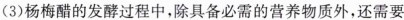
（3）杨梅醋的发酵过程中，除具备必需的营养物质外，还需要